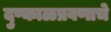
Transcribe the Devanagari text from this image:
दुष्काळप्रवणाचे